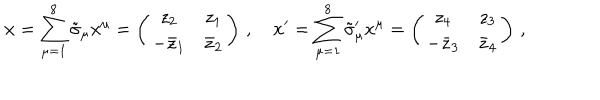
\mathbf { x } = \sum _ { \mu = 1 } ^ { 8 } \tilde { \sigma } _ { \mu } x ^ { \mu } = \left( \begin{array} { c c } { { z _ { 2 } } } & { { z _ { 1 } } } \\ { { - \bar { z } _ { 1 } } } & { { \bar { z } _ { 2 } } } \\ \end{array} \right) \, , \quad \mathbf { x } ^ { \prime } = \sum _ { \mu = 1 } ^ { 8 } \tilde { \sigma } _ { \mu } ^ { \prime } x ^ { \mu } = \left( \begin{array} { c c } { { z _ { 4 } } } & { { z _ { 3 } } } \\ { { - \bar { z } _ { 3 } } } & { { \bar { z } _ { 4 } } } \\ \end{array} \right) \, ,